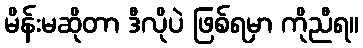
မိန်းမဆိုတာ ဒီလိုပဲ ဖြစ်ရမှာ ကိုညီရ။